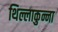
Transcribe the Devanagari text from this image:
थिल्लाकुन्ना